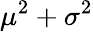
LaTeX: \mu^{2}+\sigma^{2}